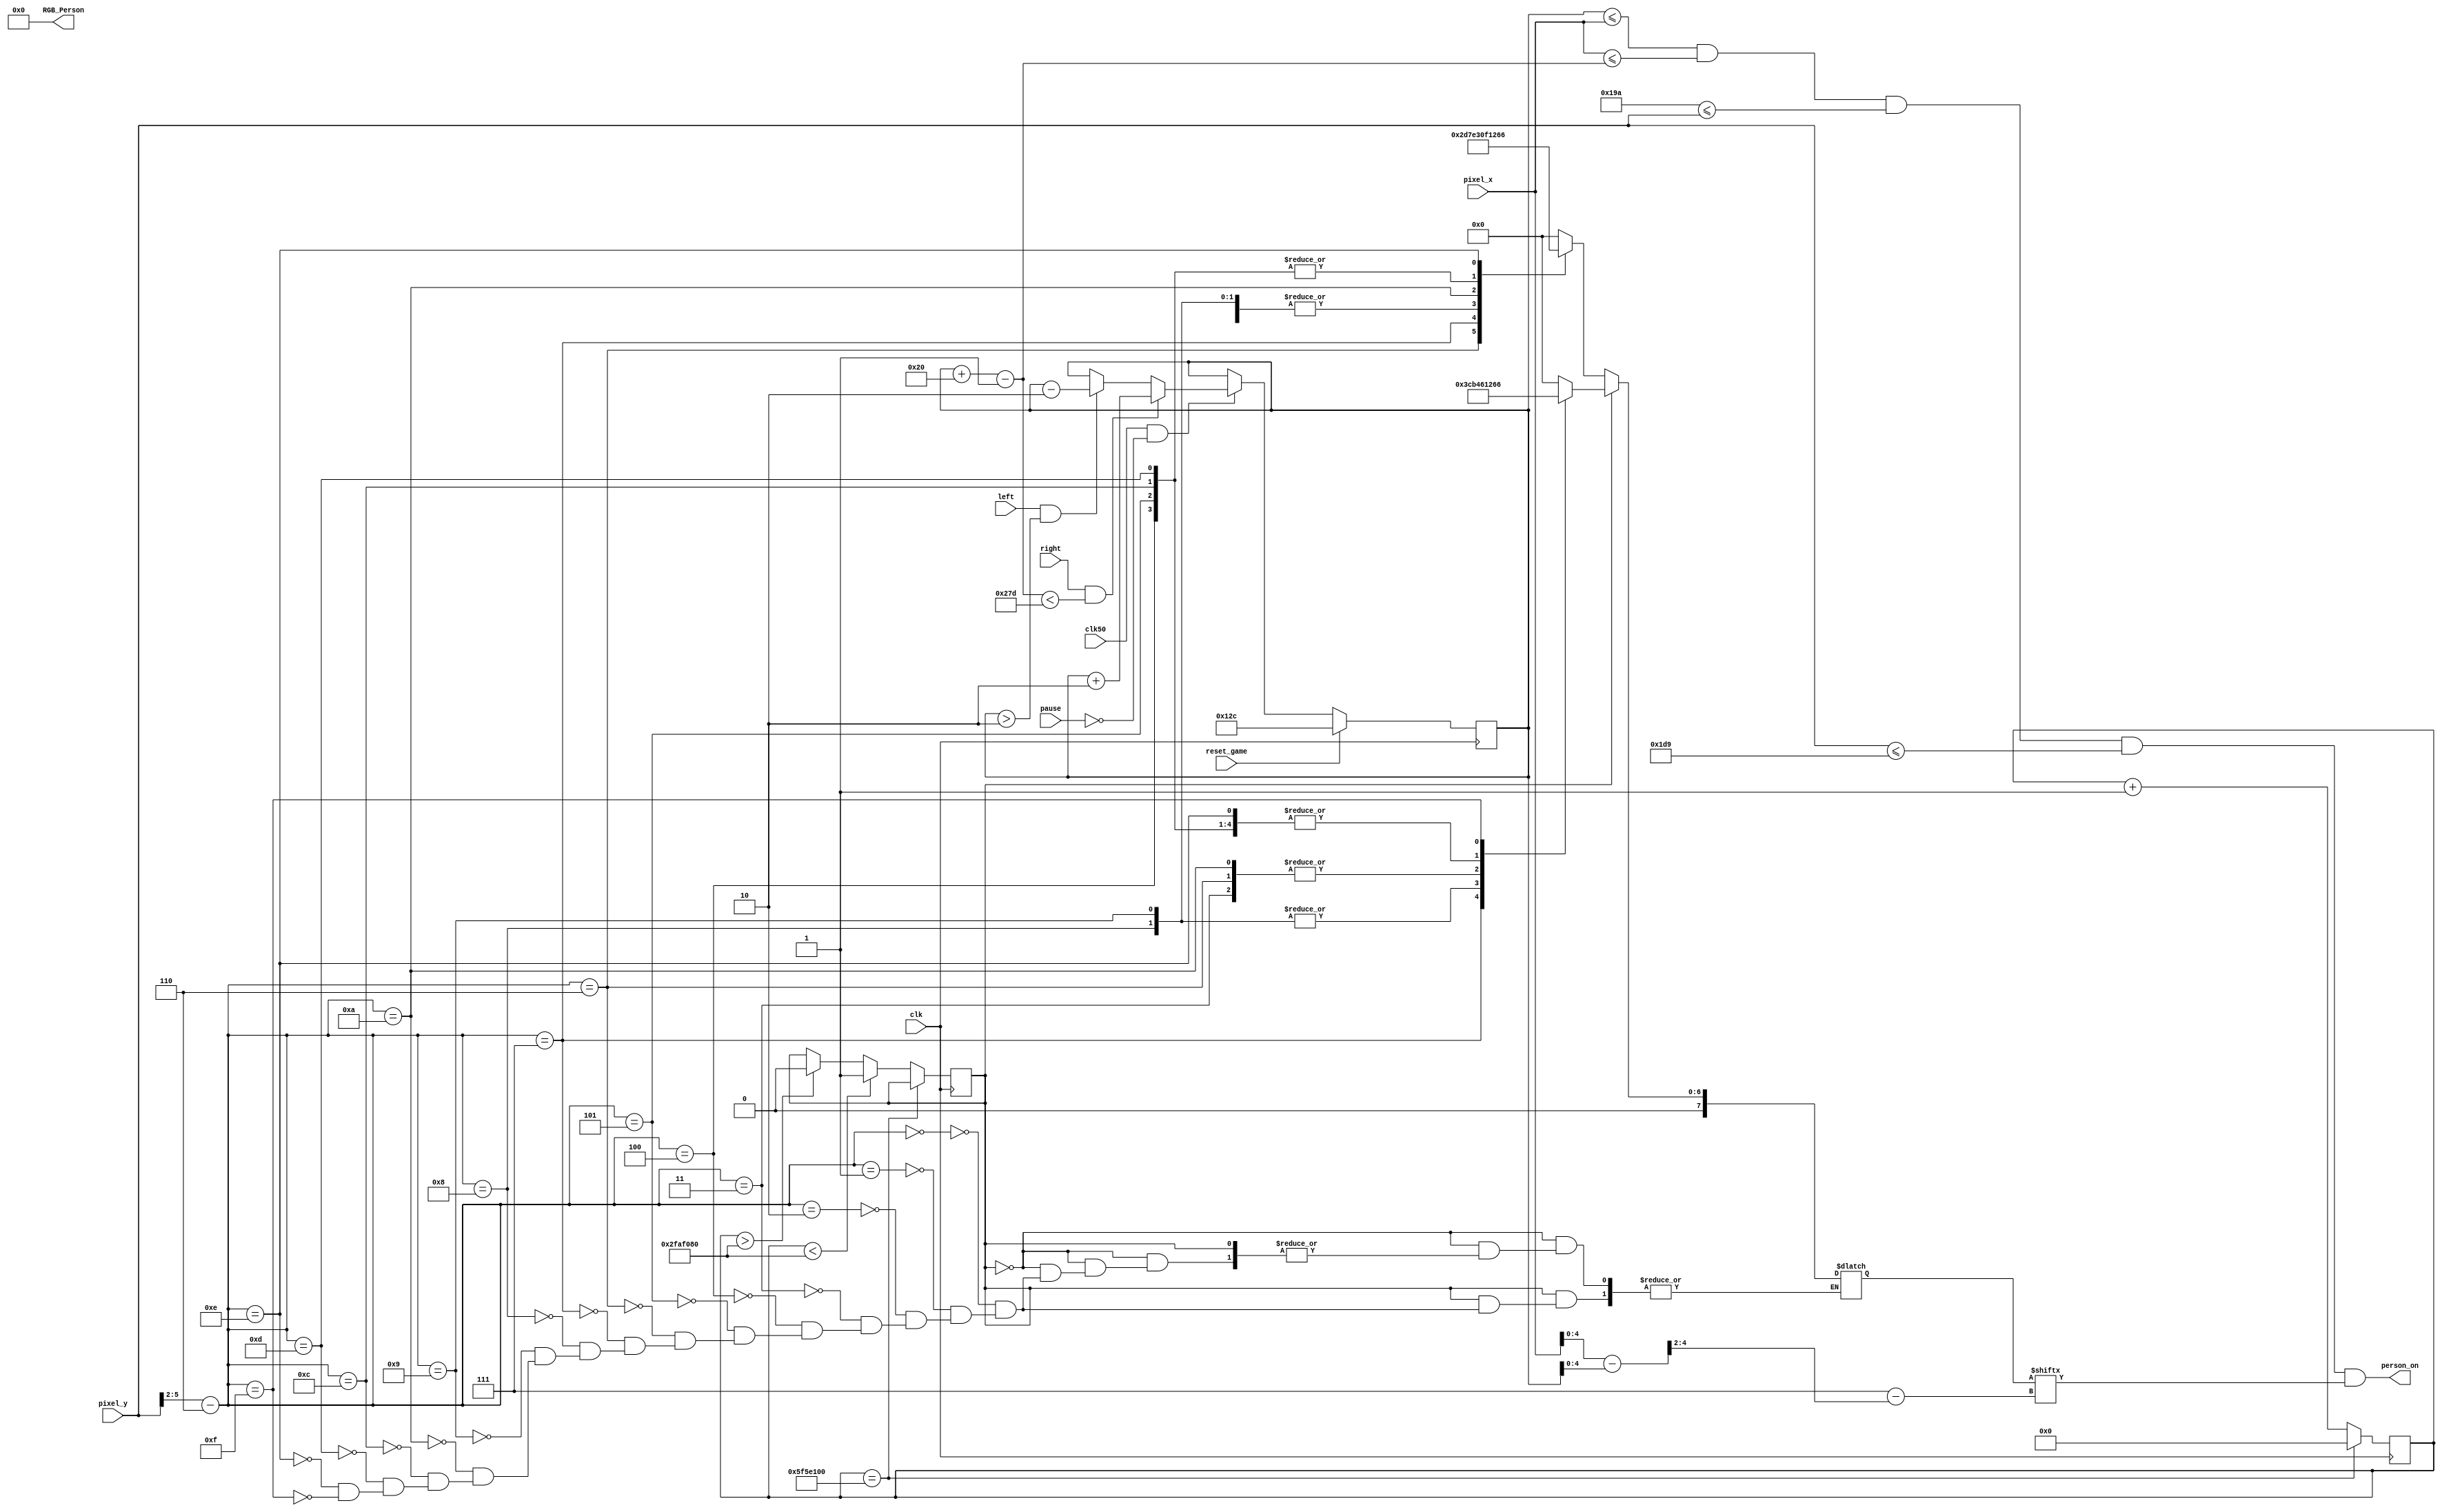
`timescale 1ns / 1ps

module Person(clk, reset_game, clk50, left, right, pause, pixel_x, pixel_y, person_on, RGB_Person);


//Declare inputs and outputs
input clk, reset_game, clk50;
input left, right, pause;
input [9:0] pixel_x, pixel_y;
output person_on;
output [11:0] RGB_Person;

//Dimensions of the path
localparam
    MAX_X = 640,
    MAX_Y = 480,
    PERSON_MAX_X = 32,
    PERSON_MAX_Y = 64,
    person_y_t = 410,
    person_y_b = person_y_t + PERSON_MAX_Y-1,
    PERSON_HORIZONTAL_V = 3'd02;

//Black color for the person sprite
assign RGB_Person = 12'h000; 
reg [9:0] person_x_left = 304;
wire [9:0] person_x_right;

// Canvas should be on and person bitmap has to be on to display
wire canvas_on;
wire person_rom_bit;
assign canvas_on = (person_x_left <= pixel_x) && (pixel_x <= person_x_right) && (person_y_t <= pixel_y) && (pixel_y <= person_y_b);
assign person_on = canvas_on & person_rom_bit;

//Address to store the bitmap of the person
wire [3:0] person_rom_address;
wire [2:0] person_rom_column;
reg [0:7] person_rom_data;

//Enlarge person bitmap by 2
assign person_rom_address = pixel_y[5:2] - person_y_t[5:2];
assign person_rom_column = (pixel_x - person_x_left)>>2; 
assign person_rom_bit = person_rom_data[person_rom_column];
assign person_x_right = person_x_left + PERSON_MAX_X-1;

reg [35:0] time_tick;
reg spriteState;

//Alternate between sprites to show that the person is running
always @(posedge clk)
begin
    time_tick <= time_tick + 1;
    if (time_tick == 100000000)
        begin
            time_tick <= 0;
        end
    else if (time_tick < 50000000)
        begin
            spriteState <= 1;
        end
    else if (time_tick > 50000000)
        begin
            spriteState <= 0;
        end
end

always @*
    if (spriteState == 1)
        begin
        case (person_rom_address)
            4'h0: person_rom_data = 8'b00000000; 
            4'h1: person_rom_data = 8'b00000000; 
            4'h2: person_rom_data = 8'b00000000; 
            4'h3: person_rom_data = 8'b00011000; 
            4'h4: person_rom_data = 8'b00100100; 
            4'h5: person_rom_data = 8'b00100100; 
            4'h6: person_rom_data = 8'b00011000; 
            4'h7: person_rom_data = 8'b00111100; 
            4'h8: person_rom_data = 8'b01011010; 
            4'h9: person_rom_data = 8'b01011010; 
            4'ha: person_rom_data = 8'b00011000; 
            4'hc: person_rom_data = 8'b00100100; 
            4'hd: person_rom_data = 8'b00100100; 
            4'he: person_rom_data = 8'b00100100; 
            4'hf: person_rom_data = 8'b01100110; 
        endcase
        end
    else if (spriteState == 0)

        begin
        case (person_rom_address)
            4'h0: person_rom_data = 8'b00000000; 
            4'h1: person_rom_data = 8'b00000000; 
            4'h2: person_rom_data = 8'b00000000; 
            4'h3: person_rom_data = 8'b00011000; 
            4'h4: person_rom_data = 8'b00100100; 
            4'h5: person_rom_data = 8'b00100100; 
            4'h6: person_rom_data = 8'b01011010; 
            4'h7: person_rom_data = 8'b01111110; 
            4'h8: person_rom_data = 8'b00011000; 
            4'h9: person_rom_data = 8'b00011000; 
            4'ha: person_rom_data = 8'b00111100; 
            4'hc: person_rom_data = 8'b00100100; 
            4'hd: person_rom_data = 8'b00100100; 
            4'he: person_rom_data = 8'b01100110; 
            4'hf: person_rom_data = 8'b00000000; 
        endcase
            
        end

//Logic for moving the person
always @(posedge clk)
begin
    //Reset button clicked, reset person back to middle of screen
    if (reset_game)
        begin
            person_x_left <=300;
        end
    else if (clk50 & !pause)
        begin
            if (right & (person_x_right < (MAX_X-1-PERSON_HORIZONTAL_V)))
            begin
                person_x_left <= person_x_left + PERSON_HORIZONTAL_V; //Right movement
            end
            else if (left & (person_x_left > PERSON_HORIZONTAL_V)) 
            begin
                person_x_left <= person_x_left - PERSON_HORIZONTAL_V; //Left Movement
            end
        end
end


endmodule